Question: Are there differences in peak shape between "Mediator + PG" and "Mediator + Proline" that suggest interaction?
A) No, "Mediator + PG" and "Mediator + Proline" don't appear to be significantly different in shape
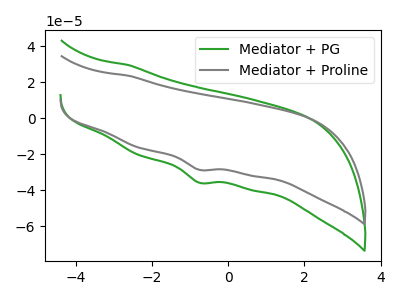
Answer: <think>The green curve "Mediator + PG" has a cathodic peak at: (-0.75V, -35.75uA). The gray curve "Mediator + Proline" has a cathodic peak at: (-0.75V, -28.60uA).
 All the peaks in "Mediator + PG" have a peak in "Mediator + Proline" at the same potential. Every peak in "Mediator + PG" is higher than every peak in "Mediator + Proline".</think>
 <answer>A) No, "Mediator + PG" and "Mediator + Proline" don't appear to be significantly different in shape</answer>
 <eval>A</eval>